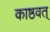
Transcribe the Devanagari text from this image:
काष्ठवत्